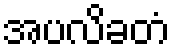
အပလိခတံ